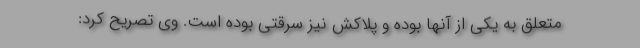
متعلق به یکی از آنها بوده و پلاکش نیز سرقتی بوده است. وی تصریح کرد: